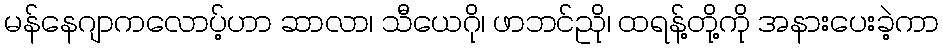
မန်နေဂျာကလောပ့်ဟာ ဆာလာ၊ သီယေဂို၊ ဖာဘင်ညို၊ ထရန့်တို့ကို အနားပေးခဲ့ကာ